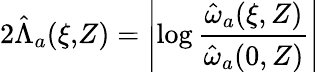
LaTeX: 2\hat{\Lambda}_{a}(\xi,\! Z)=\left|\log\frac{\hat{\omega}_{a}(\xi,Z)}{\hat{\omega}_{a}(0,Z)}\right|